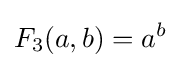
F_{3}(a,b)=a^{b}